Insane asylums in Bengal annual reports 1867-1875 - 1867-1875
Year: 1867
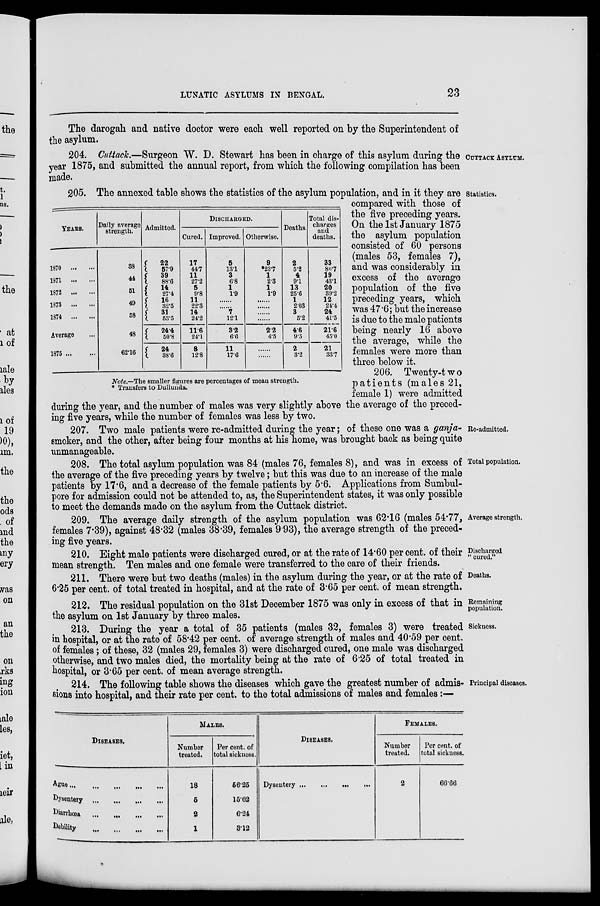
LUNATIC ASYLUMS IN BENGAL.
23
The darogah and native doctor were each well reported on by the Superintendent of
the asylum.
CUTTACK ASYLUM.
204. Cuttack.—Surgeon W. D. Stewart has been in charge of this asylum during the
year 1875, and submitted the annual report, from which the following compilation has been
made.
YEARS.
1870 ... ...
1871 ... ...
1872 ... ...
1873 ... ...
1874 ... ...
Average ...
1875 ... ...
Daily average
strength.
38
44
51
49
58
48
62.16
Admitted.
22
57. 9
39
88.6
14
27.4
16
32.5
31
53.5
24.4
50.8
24
38.6
DISCHARGED.
Cured.
17
44.7
11
27.2
5
9.8
11
22.3
14
24.2
11.6
24.1
8
12.8
Improved.
5
13.1
3
6.8
1
1.9
......
......
7
12.1
3.2
6.6
11
17.6
Otherwise.
9
*23.7
1
2.3
1
1.9
......
......
......
2.2
4.5
......
......
Deaths.
2
5.2
4
9.1
13
25.6
1
2.03
3
5.2
4.6
9.5
2
3.2
Total dis-
charges
and
deaths.
33
86.7
19
43.1
20
39.2
12
24.4
24
41.5
21.6
45.0
21
33.7
Note.—The smaller figures are percentages of mean strength.
* Transfers to Dullunda.
Statistics.
205. The annexed table shows the statistics of the asylum population, and in it they are
compared with those of
the five preceding years.
On the 1st January 1875
the asylum population
consisted of 60 persons
(males 53, females 7),
and was considerably in
excess of the average
population of the five
preceding years, which
was 47.6; but the increase
is due to the male patients
being nearly 16 above
the average, while the
females were more than
three below it.
206. Twenty-two
patients (males 21,
female 1) were admitted
during the year, and the number of males was very slightly above the average of the preced-
ing five years, while the number of females was less by two.
Re-admitted.
207. Two male patients were re-admitted during the year; of these one was a ganja-
smoker, and the other, after being four months at his home, was brought back as being quite
unmanageable.
Total population.
208. The total asylum population was 84 (males 76, females 8), and was in excess of
the average of the five preceding years by twelve; but this was due to an increase of the male
patients by 17.6, and a decrease of the female patients by 5.6. Applications from Sumbul-
pore for admission could not be attended to, as, the Superintendent states, it was only possible
to meet the demands made on the asylum from the Cuttack district.
Average strength.
209. The average daily strength of the asylum population was 62.16 (males 54.77,
females 7.39), against 48.32 (males 38.39, females 9.93), the average strength of the preced-
ing five years.
Discharged
" cured."
210. Eight male patients were discharged cured, or at the rate of 14.60 per cent. of their
mean strength. Ten males and one female were transferred to the care of their friends.
Deaths.
211. There were but two deaths (males) in the asylum during the year, or at the rate of
6.25 per cent. of total treated in hospital, and at the rate of 3.65 per cent. of mean strength.
Remaining
population.
212. The residual population on the 31st December 1875 was only in excess of that in
the asylum on 1st January by three males.
Sickness.
213. During the year a total of 35 patients (males 32, females 3) were treated
in hospital, or at the rate of 58.42 per cent. of average strength of males and 40.59 per cent.
of females; of these, 32 (males 29, females 3) were discharged cured, one male was discharged
otherwise, and two males died, the mortality being at the rate of 6.25 of total treated in
hospital, or 3.65 per cent. of mean average strength.
Principal diseases.
214. The following table shows the diseases which gave the greatest number of admis-
sions into hospital, and their rate per cent. to the total admissions of males and females:—
DISEASES.
Ague
...
...
...
...
...
Dysentery
...
...
...
...
Diarrhœa
...
...
...
...
Debility
...
...
...
...
MALES.
Number
treated.
18
6
2
1
Per cent. of
total sickness.
56.25
15.62
6.24
3.12
DISEASES.
Dysentery ... ... ... ...
FEMALES.
Number
treated.
2
Per cent. of
total sickness.
66.66